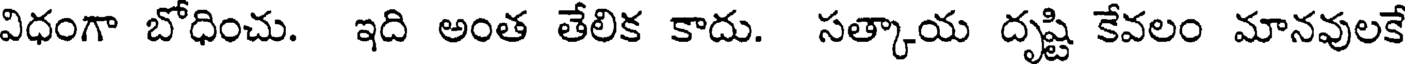
విధంగా బోధించు. ఇది అంత తేలిక కాదు. సత్కాయ దృష్టి కేవలం మానవులకే